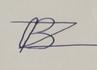
Signature authenticity: forged